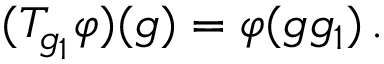
( T _ { g _ { 1 } } \varphi ) ( g ) = \varphi ( g g _ { 1 } ) \, .